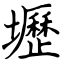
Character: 壢